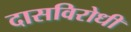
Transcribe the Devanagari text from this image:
दासविरोधी